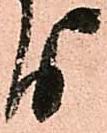
り